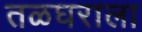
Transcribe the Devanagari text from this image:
तळघराला